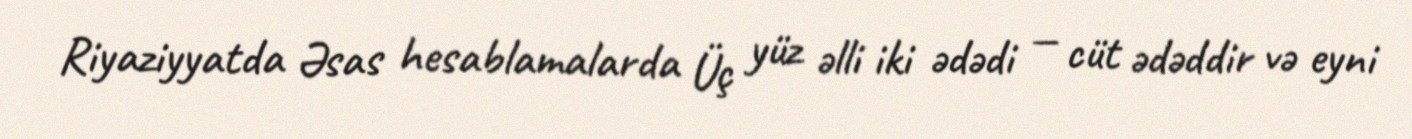
Riyaziyyatda Əsas hesablamalarda Üç yüz əlli iki ədədi — cüt ədəddir və eyni